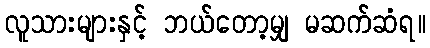
လူသားများနှင့် ဘယ်တော့မျှ မဆက်ဆံရ။